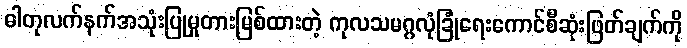
ဓါတုလက်နက်အသုံးပြုမှုတားမြစ်ထားတဲ့ ကုလသမဂ္ဂလုံခြုံရေးကောင်စီဆုံးဖြတ်ချက်ကို